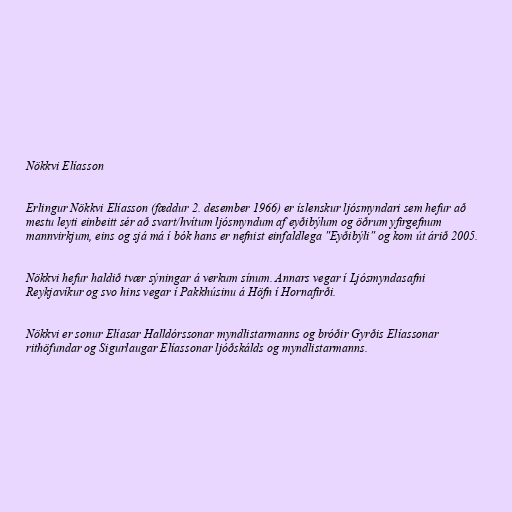
Nökkvi Elíasson

Erlingur Nökkvi Elíasson (fæddur 2. desember 1966) er íslenskur ljósmyndari sem hefur að
mestu leyti einbeitt sér að svart/hvítum ljósmyndum af eyðibýlum og öðrum yfirgefnum
mannvirkjum, eins og sjá má í bók hans er nefnist einfaldlega "Eyðibýli" og kom út árið 2005.

Nökkvi hefur haldið tvær sýningar á verkum sínum. Annars vegar í Ljósmyndasafni
Reykjavíkur og svo hins vegar í Pakkhúsinu á Höfn í Hornafirði.

Nökkvi er sonur Elíasar Halldórssonar myndlistarmanns og bróðir Gyrðis Elíassonar
rithöfundar og Sigurlaugar Elíassonar ljóðskálds og myndlistarmanns.